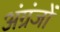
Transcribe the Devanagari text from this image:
अंग्रंजों